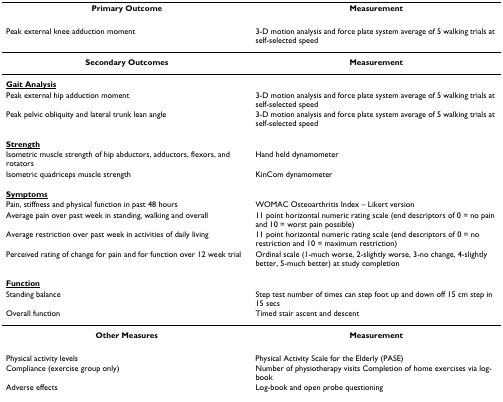
| Primary Outcome | Measurement |
 | --- | --- |
 | Peak external knee adduction moment | 3-D motion analysis and force plate system average of 5 walking trials at self-selected speed |
 | Secondary Outcomes | Measurement |
 | <underline>Gait Analysis</underline> |  |
 | Peak external hip adduction moment | 3-D motion analysis and force plate system average of 5 walking trials at self-selected speed |
 | Peak pelvic obliquity and lateral trunk lean angle | 3-D motion analysis and force plate system average of 5 walking trials at self-selected speed |
 | <underline>Strength</underline> |  |
 | Isometric muscle strength of hip abductors, adductors, flexors, and rotators | Hand held dynamometer |
 | Isometric quadriceps muscle strength | KinCom dynamometer |
 | <underline>Symptoms</underline> |  |
 | Pain, stiffness and physical function in past 48 hours | WOMAC Osteoarthritis Index – Likert version |
 | Average pain over past week in standing, walking and overall | 11 point horizontal numeric rating scale (end descriptors of 0 = no pain and 10 = worst pain possible) |
 | Average restriction over past week in activities of daily living | 11 point horizontal numeric rating scale (end descriptors of 0 = no restriction and 10 = maximum restriction) |
 | Perceived rating of change for pain and for function over 12 week trial | Ordinal scale (1-much worse, 2-slightly worse, 3-no change, 4-slightly better, 5-much better) at study completion |
 | <underline>Function</underline> |  |
 | Standing balance | Step test number of times can step foot up and down off 15 cm step in 15 secs |
 | Overall function | Timed stair ascent and descent |
 | Other Measures | Measurement |
 | Physical activity levels | Physical Activity Scale for the Elderly (PASE) |
 | Compliance (exercise group only) | Number of physiotherapy visits Completion of home exercises via log-book |
 | Adverse effects | Log-book and open probe questioning |